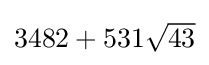
{\textstyle 3482+531{\sqrt {43}}}